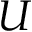
U